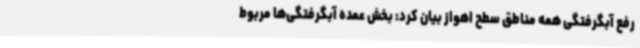
رفع آبگرفتگی همه مناطق سطح اهواز بیان کرد: بخش عمده آبگرفتگی‌ها مربوط